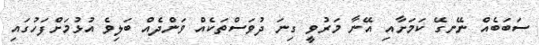
ސަބަބެއް ނޭނގޭ ކަމަށާއި އޭނާ މަރުވީ ގިނަ ދުވަސްތަކެއް ވަންދެއް ބަލިވެ އުޅުމަށްފަހުގައި